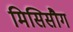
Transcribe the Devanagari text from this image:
मिसिसौग